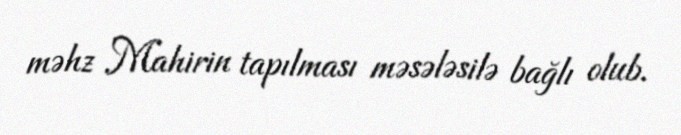
məhz Mahirin tapılması məsələsilə bağlı olub.